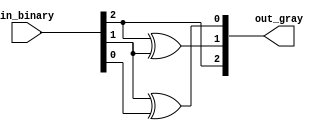
module bin_to_gray(
    
    input wire [2:0] in_binary,

    output wire[2:0] out_gray
    );


    assign out_gray[2] = in_binary[2];
    assign out_gray[1] = in_binary[2] ^ in_binary[1];
    assign out_gray[0] = in_binary[1] ^ in_binary[0];

endmodule